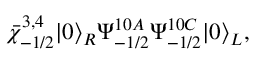
\bar { \chi } _ { - 1 / 2 } ^ { 3 , 4 } | 0 \rangle _ { R } \Psi _ { - 1 / 2 } ^ { 1 0 A } \Psi _ { - 1 / 2 } ^ { 1 0 C } | 0 \rangle _ { L } ,